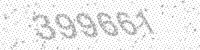
Solution: 399661